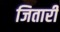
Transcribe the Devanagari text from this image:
जितारी